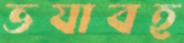
ভযাবহ